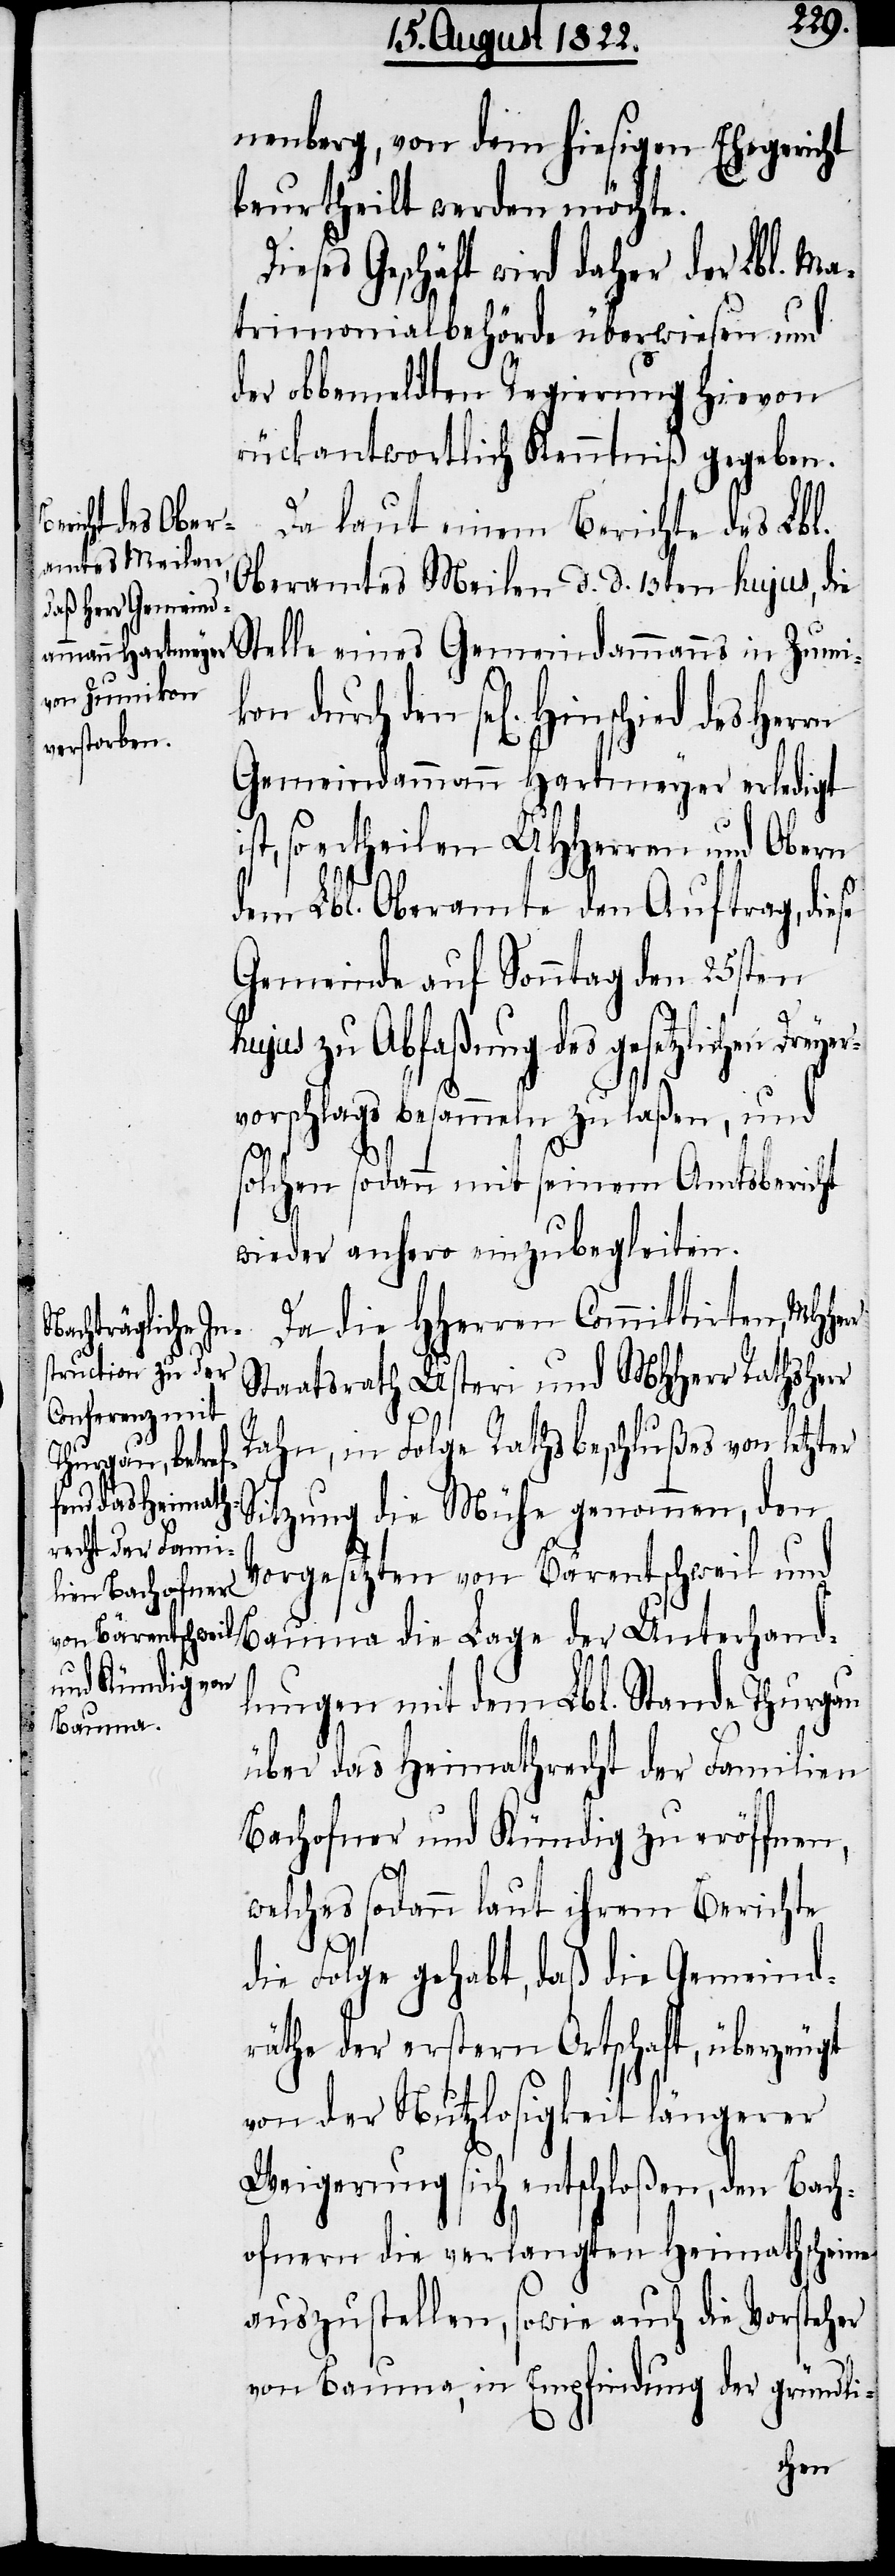
r

nenberg, von dem hiesigen Ehegericht
beurtheilt werden möchte.
ieses Geschäft wird daher der Lbl. Ma¬
trimonialbehörde überwiesen und
der obbemeldten Regierung hievon
rückantwortlich Kenntniß gegeben.
Da laut einem Berichte des Lbl.
Oberamtes Meilen d. d. 13ten hujus, die
Stelle eines Gemeindammanns in Zumik¬
on durch den sel. Hinschied des Her¬
Gemeindammann Hartmeyer erledigt
so ertheilen UHHerrn und Obern
dem Lbl. Oberamte den Auftrag, diese
Gemeinde auf Sonntag den 25sten
hujus zu Abfaßung des gesetzlichen Dreye¬
rvorschlags besammeln zu laßen, und
solchen sodann mit seinem Amtsbericht
wieder anhero einzubegleiten.
Da die HHerren Committirten,
Staatsrath Usteri und MHHerr Rathsher¬
Rahn, in Folge Rathsbeschlußes von letzter
Sitzung die Mühe genommen, den
Vorgesetzten von Bärentschweil und
Bauma die Lage der Unterhand¬
lungen mit dem Lbl. Stande Thurgau
über das Heimathrecht der Familien
Bachofner und Kündig zu eröffnen,
welches sodann laut ihrem Berichte
die Folge gehabt, daß die Gemeind¬
räthe der erstern Ortschaft, überzeugt
von der Nutzlosigkeit längerer
Weigerung sich entschloßen, den Bach¬
ofnern die verlangten Heimathscheine
auszustellen, sowie auch die Vorsteher
von Bauma, in Empfindung der gründli-
chen,